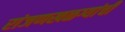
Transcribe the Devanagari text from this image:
रांजणखळग्यांची